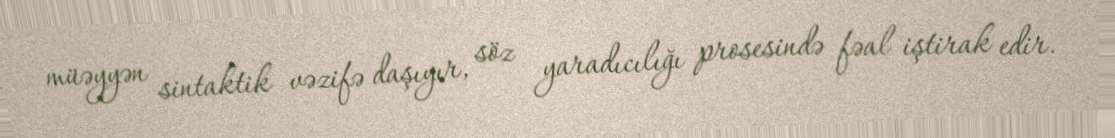
müəyyən sintaktik vəzifə daşıyır, söz yaradıcılığı prosesində fəal iştirak edir.